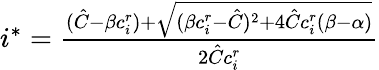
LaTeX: \begin{array}{r}{i^{*}=\frac{(\hat{C}-\beta c_{i}^{r})+\sqrt{(\beta c_{i}^{r}-\hat{C})^{2}+4\hat{C}c_{i}^{r}(\beta-\alpha)}}{2\hat{C}c_{i}^{r}}}\end{array}